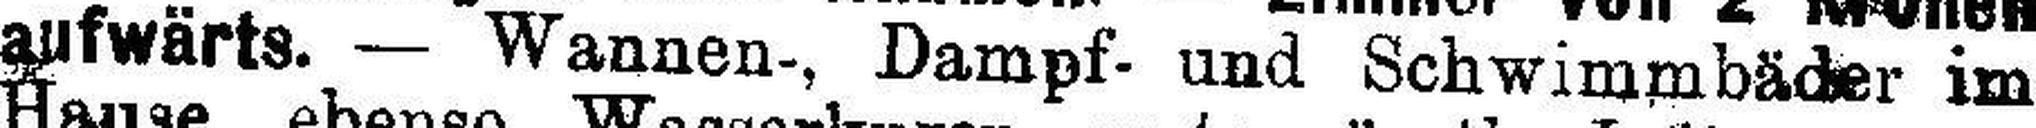
aufwärts. — Wannen-, Dampf- und Schwimmbäder im